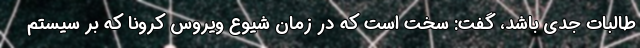
طالبات جدی باشد، گفت: سخت است که در زمان شیوع ویروس کرونا که بر سیستم